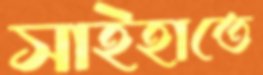
সাইহাতে